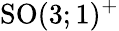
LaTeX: {\mathrm{SO}}(3;1)^{+}